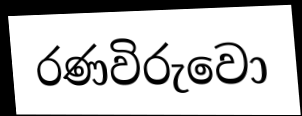
රණවිරුවො